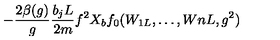
- \frac { 2 \beta ( g ) } { g } \frac { b _ { j } L } { 2 m } f ^ { 2 } X _ { b } f _ { 0 } ( W _ { 1 L } , \ldots , W { n L } , g ^ { 2 } )